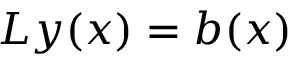
L y ( x ) = b ( x )